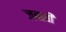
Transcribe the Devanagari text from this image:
जबावी